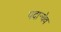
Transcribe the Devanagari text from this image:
पदान्येव